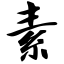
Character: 素